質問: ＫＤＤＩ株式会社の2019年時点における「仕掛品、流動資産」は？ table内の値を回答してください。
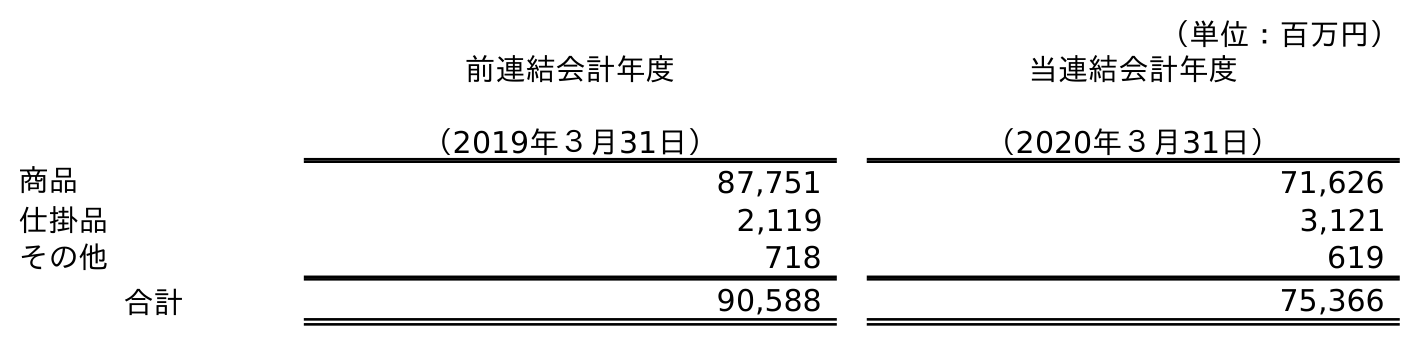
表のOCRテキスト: （単位：百万円） 前連結会計年度 （2019年３月31日） 当連結会計年度 （2020年３月31日） 商品 87,751 71,626 仕掛品 2,119 3,121 その他 718 619 合計 90,588 75,366
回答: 2,119